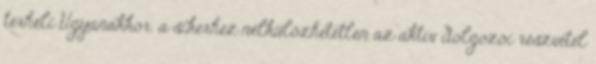
terheli Ugyanakkor. a sikerhez nélkülözhetetlen az aktív dolgozói részvétel